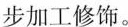
步加工修饰。